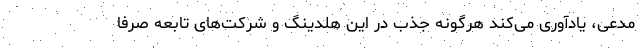
مدعی، یادآوری می‌کند هرگونه جذب در این هلدینگ و شرکت‌های تابعه صرفا